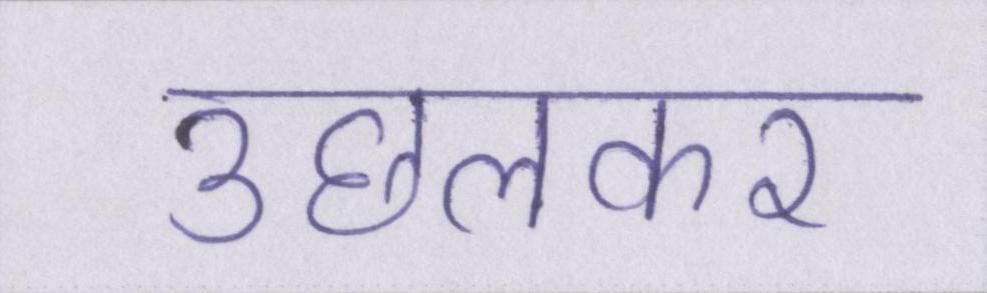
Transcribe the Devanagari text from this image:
उछलकर